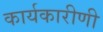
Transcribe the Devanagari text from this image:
कार्यकारीणी